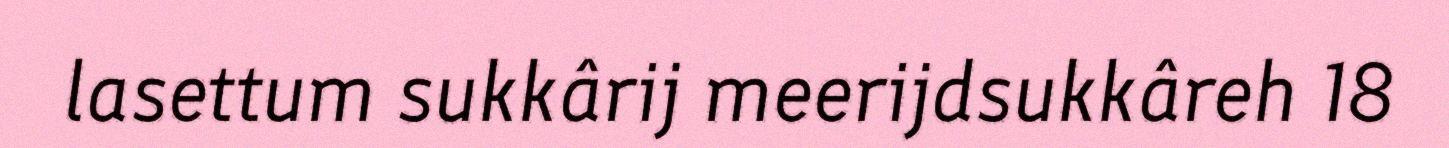
lasettum sukkârij meerijdsukkâreh 18